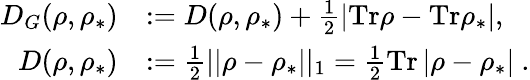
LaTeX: \begin{array}{rl}{D_{G}(\rho,\rho_{\ast})}&{:=D(\rho,\rho_{\ast})+\frac{1}{2}|\mathrm{Tr}\rho-\mathrm{Tr}\rho_{\ast}|,}\\ {D(\rho,\rho_{\ast})}&{:=\frac{1}{2}||\rho-\rho_{\ast}||_{1}=\frac{1}{2}\mathrm{Tr}\left\vert\rho-\rho_{\ast}\right\vert~.}\end{array}